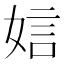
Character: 娮